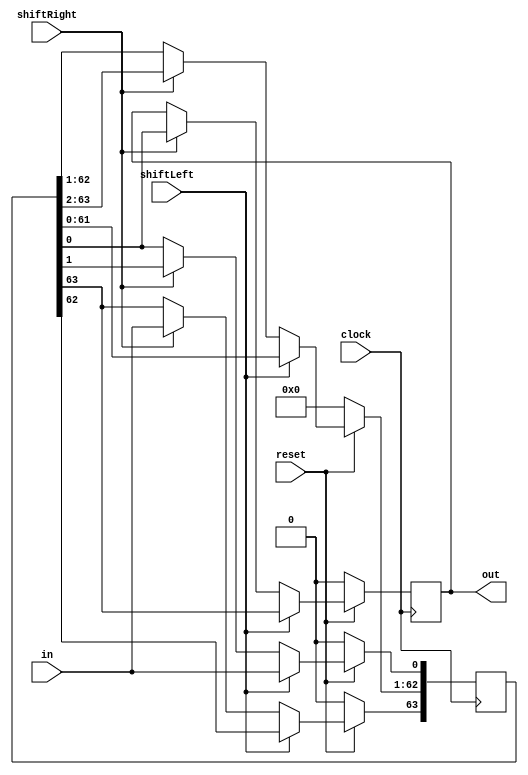
module SixtyFourBitShiftRegister (input in, input clock, input shiftLeft, input shiftRight, input reset, output reg out);
  reg [63:0] bits;
  always @ (posedge clock)
    if (!reset) begin
      bits <= 0;
      out <=0;
    end
  else begin
        if (shiftLeft) begin
         bits <= bits << 1;
         bits[0] <= in;
         out <= bits[63];
       end
      else begin
        if (shiftRight) begin
        bits <= bits >> 1;
        bits[63] <= in;
        out <= bits[0];
      end
    end
  end
endmodule